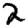
Digit: 2